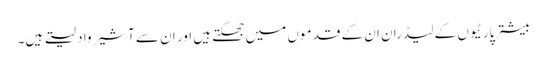
بیشتر پارٹیوں کے لیڈران ان کے قدموں میں جھکتے ہیں اور ان سے آشیرواد لیتے ہیں۔